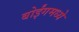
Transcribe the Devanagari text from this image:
बोईंगमध्ये